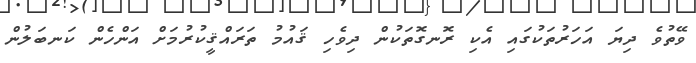
ވޭތުވެ ދިޔަ އަހަރުތަކުގައި އެކި ރޮނގޮތަކުން ދިވެހި ޤައުމު ތަރައްޤީކުރުމަށް އަންހެން ކަނބަލުން